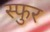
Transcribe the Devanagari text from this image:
स्‍फुर